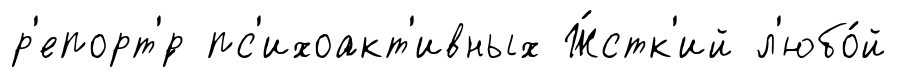
р'епорт'́р пс'ихоакт'ивных Ж́стк'ий л'юбо́й